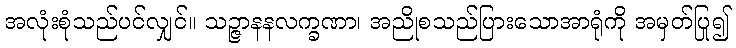
အလုံးစုံသည်ပင်လျှင်။ သဉ္ဇာနနလက္ခဏာ၊ အညိုစသည်ပြားသောအာရုံကို အမှတ်ပြု၍